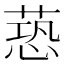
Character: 𦶐